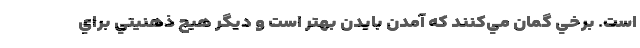
است. برخي گمان مي‌كنند كه آمدن بايدن بهتر است و ديگر هيچ ذهنيتي براي